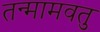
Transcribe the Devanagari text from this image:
तन्मामवतु